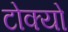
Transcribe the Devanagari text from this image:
टोक्‍यो